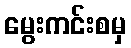
မွေးကင်းစမှ